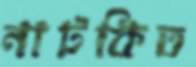
নাটকিত